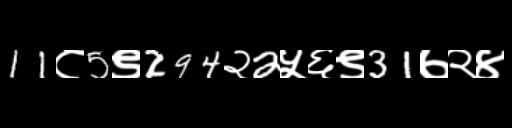
Text: 11८5९294२2५६९31७२४